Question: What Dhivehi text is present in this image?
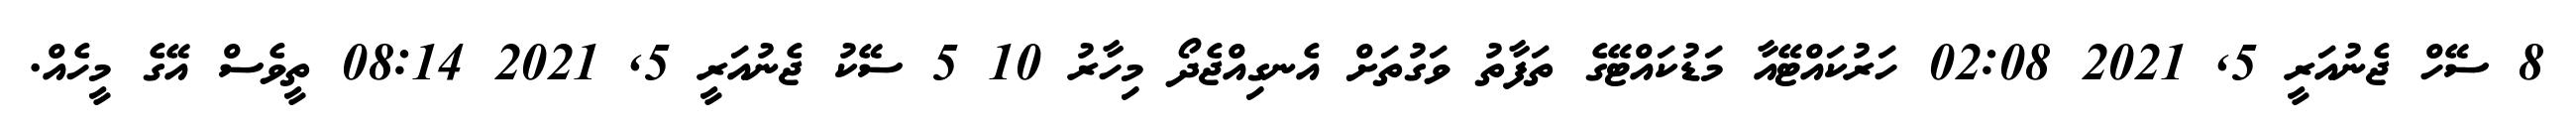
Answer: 8 ސޭހް ޖެނުއަރީ 5, 2021 02:08 ހަރުކައްޓޭއާ މަޑުކައްޓޭގެ ތަފާތު ވަގުތަށް އެނގިއްޖެދޯ މިހާރު 10 5 ސޭކު ޖެނުއަރީ 5, 2021 08:14 ތީވެސް އޭގެ މީހެއް.